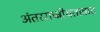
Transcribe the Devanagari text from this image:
अंतरराष्ट्रीयतावाद